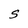
Character: S